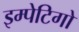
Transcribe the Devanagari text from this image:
इम्पेटिगो